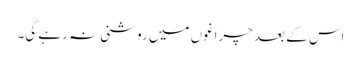
اس کے بعد چراغوں میں روشنی نہ رہے گی۔